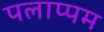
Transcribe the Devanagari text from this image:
पलाप्पम